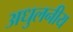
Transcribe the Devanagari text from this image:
अधुलनीय